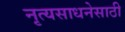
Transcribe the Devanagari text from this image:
नृत्यसाधनेसाठी